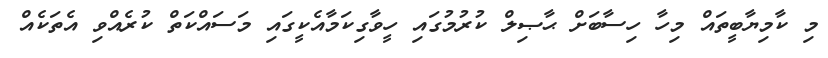
މި ކާމިޔާބީތައް މިހާ ހިސާބަށް ޙާޞިލް ކުރުމުގައި ހީވާގިކަމާއެކީގައި މަސައްކަތް ކުރެއްވި އެތަކެއް